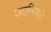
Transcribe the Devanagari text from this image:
जएन्स्विले